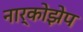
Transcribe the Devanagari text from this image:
नार्कोझेप